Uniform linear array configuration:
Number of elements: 12
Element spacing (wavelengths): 0.25
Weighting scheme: binomial
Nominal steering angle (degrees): -60
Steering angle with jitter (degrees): -61.704
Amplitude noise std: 0.05
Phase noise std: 0.05

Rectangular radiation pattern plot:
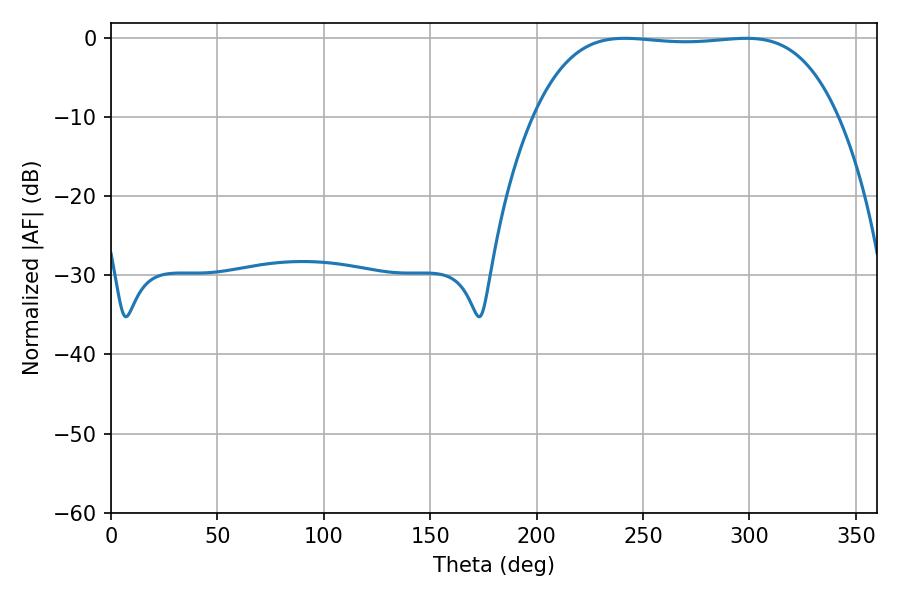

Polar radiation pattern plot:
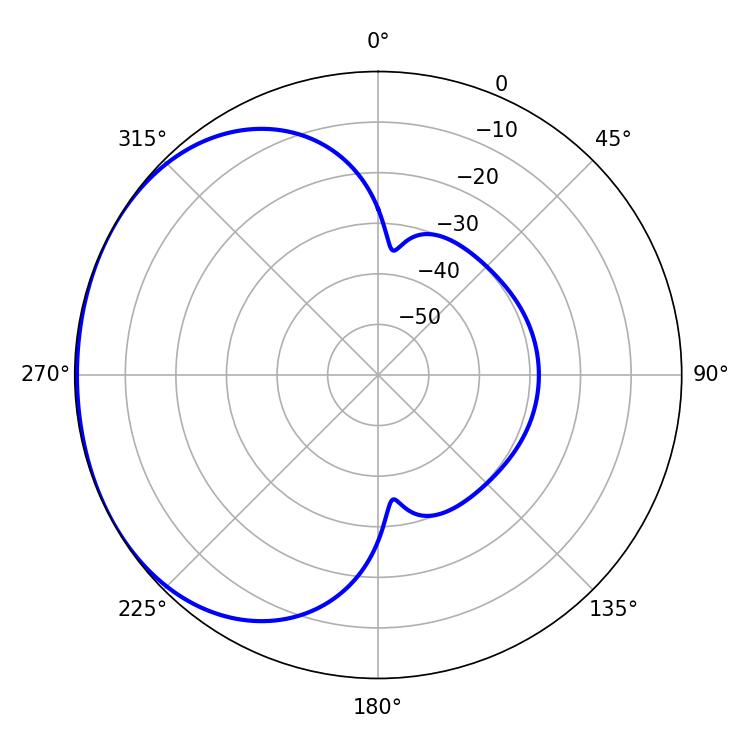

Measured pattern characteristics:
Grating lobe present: FALSE
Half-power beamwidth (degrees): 111.6
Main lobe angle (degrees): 241.38